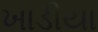
ખાડીયા